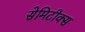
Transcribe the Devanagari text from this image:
सेमिटीक्स